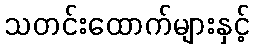
သတင်းထောက်များနှင့်